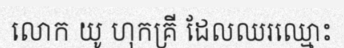
លោក យូ ហុកគ្រី ដែលឈរឈ្មោះ